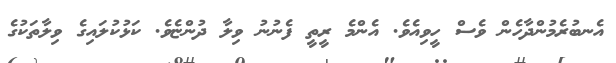
އެނބުރެމުންދާހެން ވެސް ހީވިއެވެ. އެންމެ ރީތީ ފެނުނު ވިލާ ދުންޏެވެ. ކަޅުކުލައިގެ ވިލާތަކުގެ